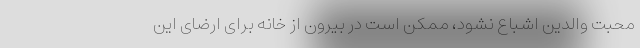
محبت والدین ‌اشباع نشود، ممکن است در بیرون از خانه برای ارضای این